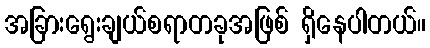
အခြားရွေးချယ်စရာတခုအဖြစ် ရှိနေပါတယ်။